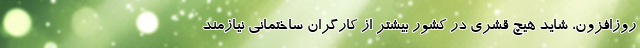
روزافزون، شاید هیچ قشری در کشور بیشتر از کارگران ساختمانی نیازمند